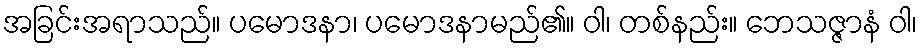
အခြင်းအရာသည်။ ပမောဒနာ၊ ပမောဒနာမည်၏။ ဝါ၊ တစ်နည်း။ ဘေသဇ္ဇာနံ ဝါ၊